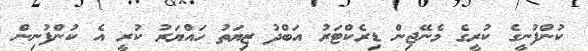
ކުންފުނީގެ ކުރީގެ މެނޭޖިން ޑިރެކްޓަރު އަބްދު ޒިޔަތު ހައްޔަރު ކުރީ އެ ކުންފުނިން